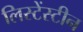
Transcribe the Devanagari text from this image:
लिस्टेंस्टीन